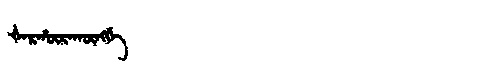
Manchu: ᡧᠠᡵᡥᡡᡵᠠᡴᡡᠩᡤᡝ
Romanization: ŠARHŪRAKŪNGGE